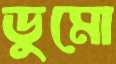
ডুমো